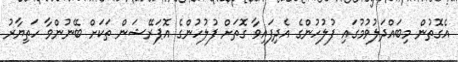
އެގޮތުން މިބައްދަލުވުމުގައި ފުލުހުންގެ އެދިފައިވާ ގޮތަށް ފުލުހުންގެ އޮޕަރޭޝަން ތަކަށް ބޭނުންވާ ހަތިޔާރު